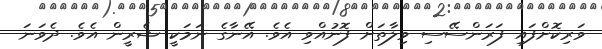
ވަރިކޮށްފައި ފަރަންސޭސި ވިލާތަށް ފޮނުއްވި އެވެ. އޭނާގެ ނަމަކީ ޝެރީން އެވެ. ދެވަނަ